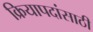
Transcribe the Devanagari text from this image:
क्रियापदांसाठी